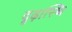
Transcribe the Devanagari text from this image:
दृढ़ास्थि